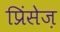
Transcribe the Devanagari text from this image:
प्रिंसेज़